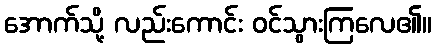
အောက်သို့ လည်းကောင်း ဝင်သွားကြလေ၏။